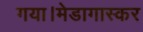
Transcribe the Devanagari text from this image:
गया।मेडागास्कर